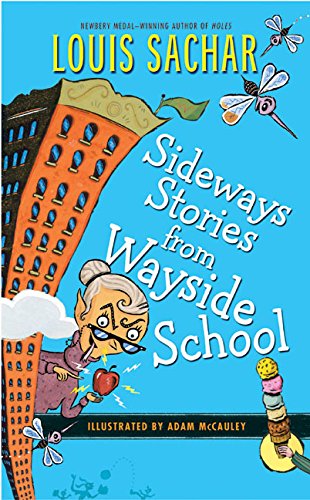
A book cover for Sideways Stories from Wayside School; Louis Sachar; Teen & Young Adult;